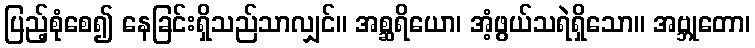
ပြည့်စုံစေ၍ နေခြင်းရှိသည်သာလျှင်။ အစ္ဆရိယော၊ အံ့ဖွယ်သရဲရှိသော။ အဗ္ဘုတော၊